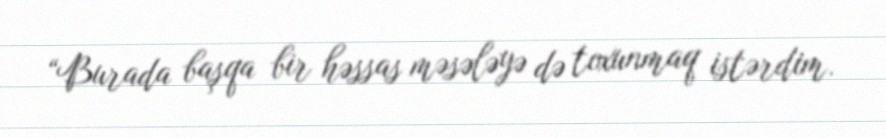
“Burada başqa bir həssas məsələyə də toxunmaq istərdim.